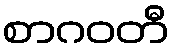
စာဂဝတီ